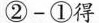
$$② - ①$$得